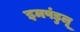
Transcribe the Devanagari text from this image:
इमपंडुलू